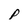
Character: p